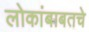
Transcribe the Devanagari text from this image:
लोकांबाबतचे